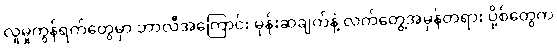
လူမှုကွန်ရက်တွေမှာ ဘာလီအကြောင်း မှန်းဆချက်နဲ့ လက်တွေ့အမှန်တရား ပို့စ်တွေက